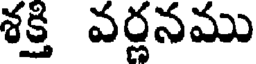
శక్తి వర్ణనము